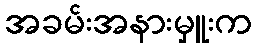
အခမ်းအနားမှူးက